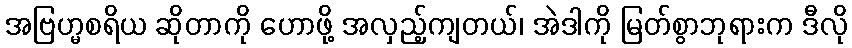
အဗြဟ္မစရိယ ဆိုတာကို ဟောဖို့ အလှည့်ကျတယ်၊ အဲဒါကို မြတ်စွာဘုရားက ဒီလို